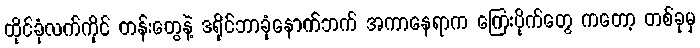
ထိုင်ခုံလက်ကိုင် တန်းတွေနဲ့ ဒရိုင်ဘာခုံနောက်ဘက် အကာနေရာက ကြေးပိုက်တွေ ကတော့ တစ်ခုမှ